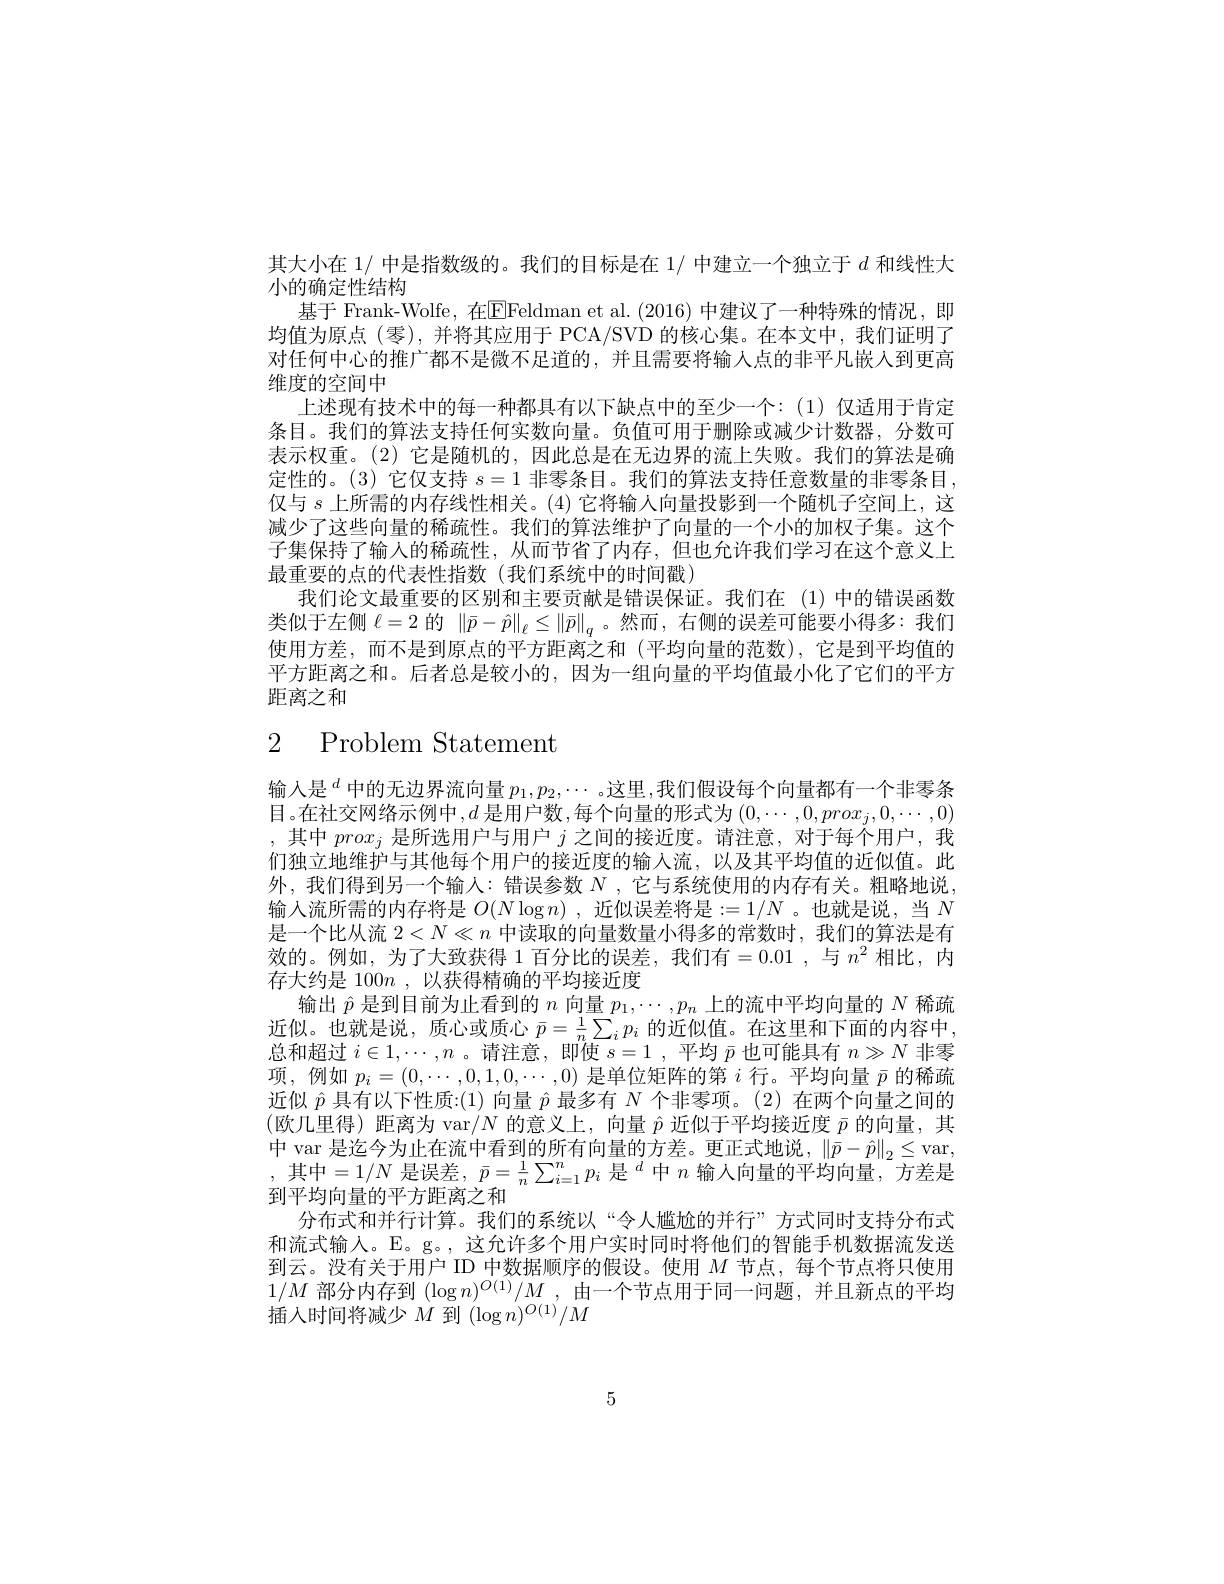
其大小在 1/ 中是指数级的。我们的目标是在 1/ 中建立一个独立于$d$和线性大
小的确定性结构
基于 Frank-Wolfe, 在$\overline{\mathrm{E}}$Feldman et al.(2016) 中建议了一种特殊的情况，即均值为原点(零),并将其应用于 PCA/SVD 的核心集。在本文中，我们证明了对任何中心的推广都不是微不足道的，并且需要将输入点的非平凡嵌人到更高维度的空间中
上述现有技术中的每一种都具有以下缺点中的至少一个：(1)仅适用于肯定条目。我们的算法支持任何实数向量。负值可用于删除或减少计数器，分数可表示权重。(2) 它是随机的，因此总是在无边界的流上失败。我们的算法是确定性的。(3) 它仅支持$s=1$非零条目。我们的算法支持任意数量的非零条目仅与$s$上所需的内存线性相关。(4) 它将输入向量投影到一个随机子空间上，这减少了这些向量的稀疏性。我们的算法维护了向量的一个小的加权子集。这个子集保持了输入的稀疏性，从而节省了内存，但也允许我们学习在这个意义上最重要的点的代表性指数(我们系统中的时间戳)
我们论文最重要的区别和主要贡献是错误保证。我们在(1)中的错误函数类似于左侧$\ell=2$的$\|\bar{p}-\hat{p}\|_{\ell}\leq\|\bar{p}\|_{q}$ 。然而，右侧的误差可能要小得多：我们使用方差，而不是到原点的平方距离之和(平均向量的范数),它是到平均值的平方距离之和。后者总是较小的，因为一组向量的平均值最小化了它们的平方距离之和

# 2 Problem Statement

输入是$^{d}$中的无边界流向量 $p_1,p_2,\cdots$ 。这里，我们假设每个向量都有一个非零条目。在社交网络示例中$,d$ 是用户数，每个向量的形式为$\left(0,\cdots,0,prox_j,0,\cdots,0\right)$ ,其中$prox_j$是所选用户与用户$j$之间的接近度。请注意，对于每个用户，我们独立地维护与其他每个用户的接近度的输人流，以及其平均值的近似值。此外，我们得到另一个输人：错误参数$N$,它与系统使用的内存有关。粗略地说输入流所需的内存将是 $O(N\log n)$ ,近似误差将是$:=1/N$ 。也就是说，当 $N$ 是一个比从流$2<N\ll n$中读取的向量数量小得多的常数时，我们的算法是有效的。例如，为了大致获得 1 百分比的误差，我们有=0.01 ,与 $n^2$ 相比，内存大约是 100n , 以获得精确的平均接近度
输出$\hat{p}$是到目前为止看到的$n$向量$p_1,\cdots,p_n$上的流中平均向量的$N$稀疏近似。也就是说，质心或质心$\bar{p}=\frac1n\sum_ip_i$的近似值。在这里和下面的内容中总和超过$i\in1,\cdots,n$ 。请注意，即使$s= 1$ , 平均$\bar{p}$也可能具有$n\gg N$非零项，例如$p_i=(0,\cdots,0,1,0,\cdots,0)$是单位矩阵的第$i$行。平均向量$\bar{p}$的稀疏近似$\hat{p}$具有以下性质：(1) 向量$\hat{p}$最多有$N$个非零项。(2)在两个向量之间的(欧几里得)距离为 var$/N$的意义上，向量$\hat{p}$近似于平均接近度$\bar{p}$的向量，其中 var 是迄今为止在流中看到的所有向量的方差。更正式地说，$\|\bar{p}-\hat{p}\|_2\leq$var, , 其中$=1/N$ 是误差，$\bar{p} = \frac 1n\sum _{i= 1}^np_i\text{ 是 }^d$中 $n$ 输人向量的平均向量，方差是到平均向量的平方距离之和
分布式和并行计算。我们的系统以“令人尴尬的并行”方式同时支持分布式和流式输人。E。g。,这允许多个用户实时同时将他们的智能手机数据流发送到云。没有关于用户 ID 中数据顺序的假设。使用$M$节点，每个节点将只使用$1/M$部分内存到$(\log n)^O(1)/M$ ,由一个节点用于同一问题，并且新点的平均插入时间将减少$M$到$(\log n)^O(1)/M$

5